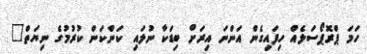
ހަމަ ޕްރޮޕޯސަލެއް ހިފައިގެން އަންނަ އިރަށް ބިޑަކާ ނުލައި ކަންކަން ކުރުމުގެ ނިޔަތް"